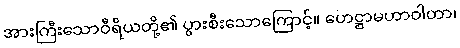
အားကြီးသောဝီရိယတို့၏ ပွားစီးသောကြောင့်။ ဟေဋ္ဌာမဟာဝါတာ၊